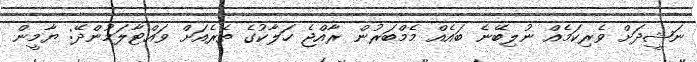
ނަޝީދަށް ވެރިކަމެއް ނުލިބޭނެ ބައެއް މެމްބަރުން ރާއްޖެ ހަލާކުގެ ތެރެއަށް ވައްޓާލަމުންދޭ: ޔާމީން